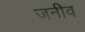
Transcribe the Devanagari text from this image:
जनीव